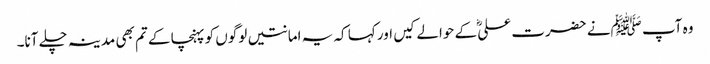
وہ آپ ﷺنے حضرت علیؓ کے حوالے کیں اور کہا کہ یہ امانتیں لوگوں کو پہنچا کے تم بھی مدینہ چلے آنا۔